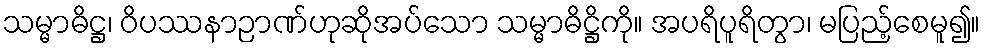
သမ္မာဓိဋ္ဌ၊ ဝိပဿနာဉာဏ်ဟုဆိုအပ်သော သမ္မာဓိဋ္ဌိကို။ အပရိပူရိတွာ၊ မပြည့်စေမူ၍။